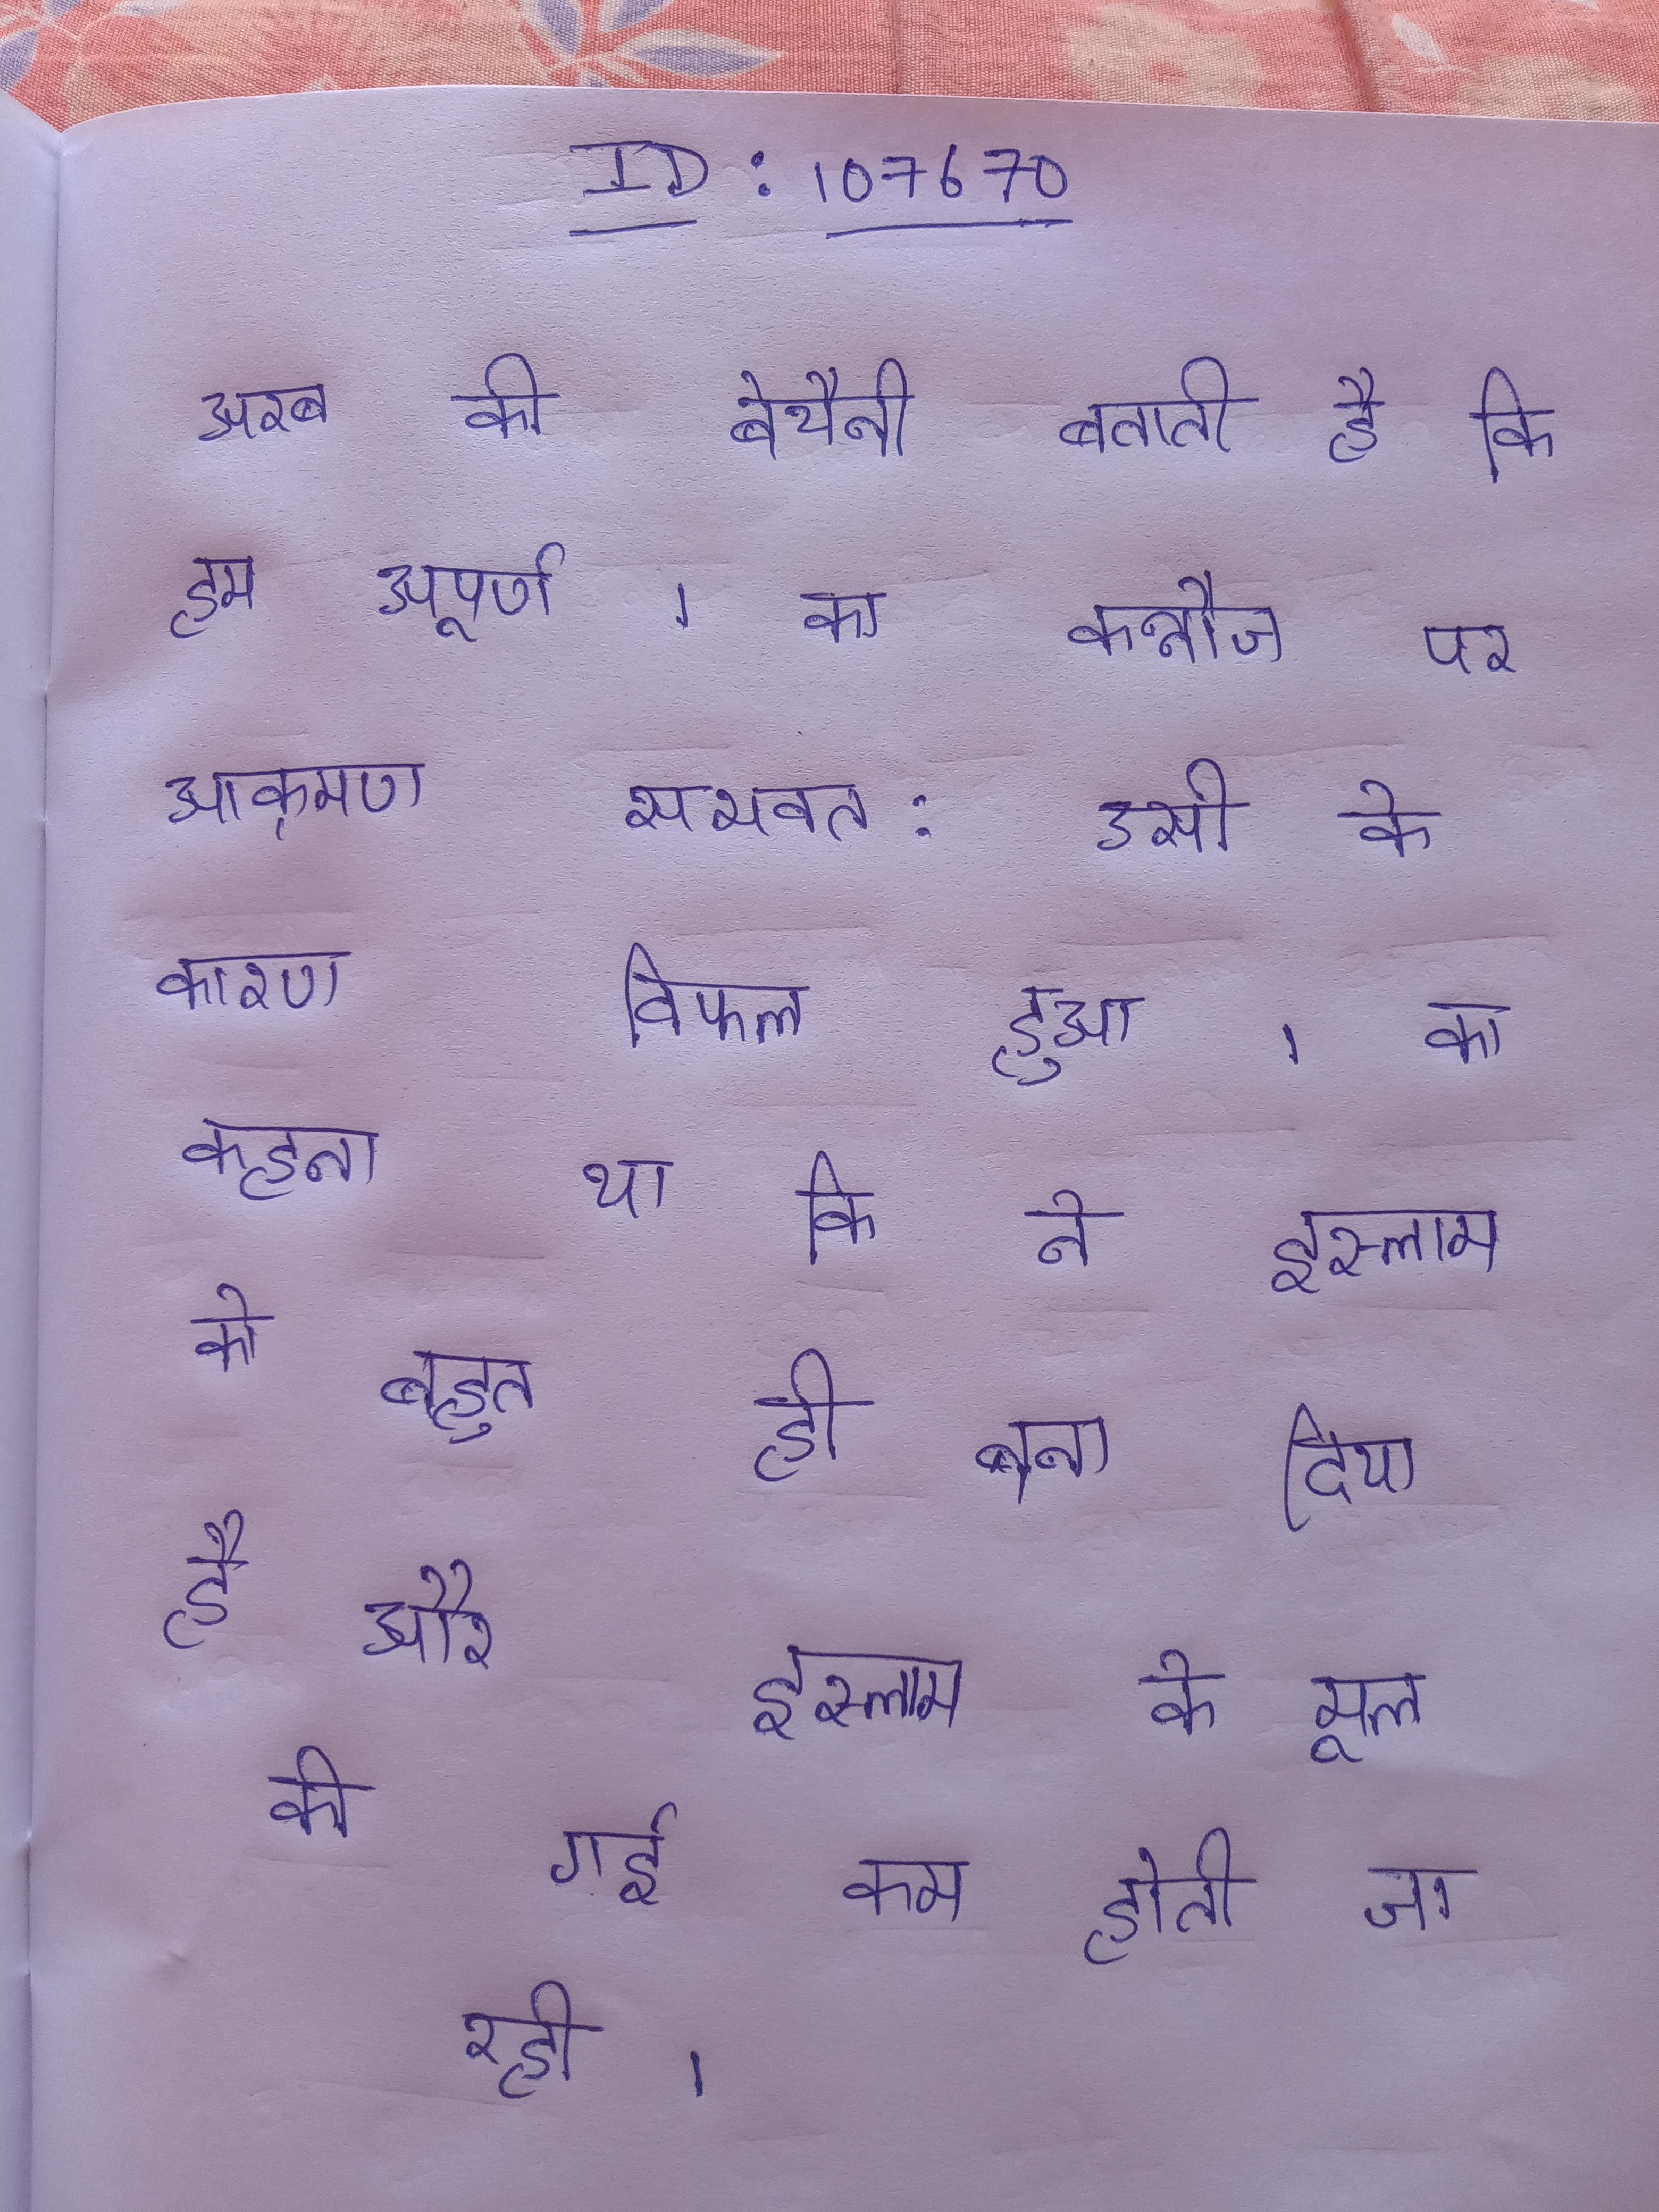
अरब की बेचैनी बताती है कि हम अपूर्ण । का कन्नौज पर आक्रमण सभवत: उसी के कारण विफल हुआ । का कहना था कि ने इस्लाम को बहुत ही बना दिया है और इस्लाम के मूल की गई कम होती जा रही ।